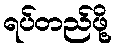
ရပ်တည်ဖို့